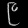
Digit: ၉